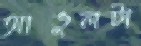
আঙুলটা